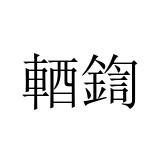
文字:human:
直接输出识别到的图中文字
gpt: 輏鍧